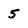
Character: 5